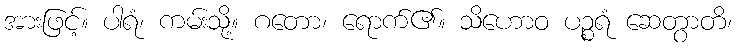
အားဖြင့်။ ပါရံ၊ ကမ်းသို့။ ဂတော၊ ရောက်၏။ သိဟောဝ ပဉ္စရံ ဆေတွာတိ၊